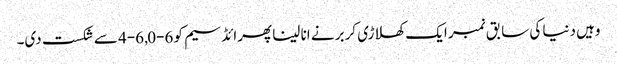
وہیں دنیا کی سابق نمبر ایک کھلاڑی کربر نے انا لینا پھرائڈسیم کو 6-0, 6-4 سے شکست دی۔